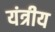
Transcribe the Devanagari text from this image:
यंत्रीय